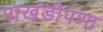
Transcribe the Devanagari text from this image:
पाखंडीपणा